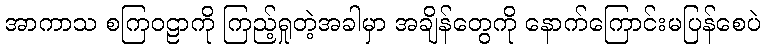
အာကာသ စကြဝဠာကို ကြည့်ရှုတဲ့အခါမှာ အချိန်တွေကို နောက်ကြောင်းမပြန်စေပဲ